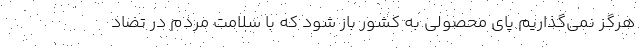
هرگز نمی‌گذاریم پای محصولی به کشور باز شود که با سلامت مردم در تضاد